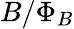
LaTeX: B/\Phi_{B}